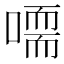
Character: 𠽴